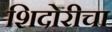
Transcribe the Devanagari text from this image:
शिदोरीचा